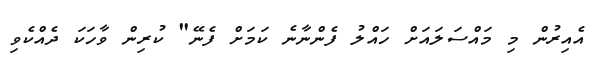
އެއިރުން މި މައްސަލައަށް ހައްލު ފެންނާނެ ކަމަށް ފެނޭ" ކުރިން ވާހަކަ ދެއްކެވި